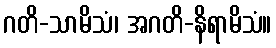
ဂတိ-သာမိသံ၊ အဂတိ-နိရာမိသံ။